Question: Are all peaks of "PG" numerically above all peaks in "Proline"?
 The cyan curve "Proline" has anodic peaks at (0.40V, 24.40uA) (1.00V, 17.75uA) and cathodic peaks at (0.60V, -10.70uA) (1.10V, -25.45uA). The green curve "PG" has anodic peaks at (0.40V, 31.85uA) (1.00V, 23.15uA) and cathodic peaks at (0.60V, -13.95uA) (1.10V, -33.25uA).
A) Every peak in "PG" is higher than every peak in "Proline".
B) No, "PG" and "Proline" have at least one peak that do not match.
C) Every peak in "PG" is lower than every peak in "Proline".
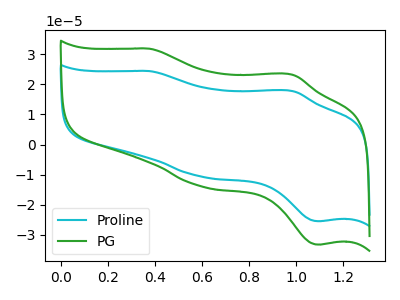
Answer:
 <answer>A) Every peak in "PG" is higher than every peak in "Proline".</answer>
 <eval>A</eval>